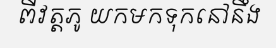
ពីវត្តភូ យកមកទុកនៅនឹង